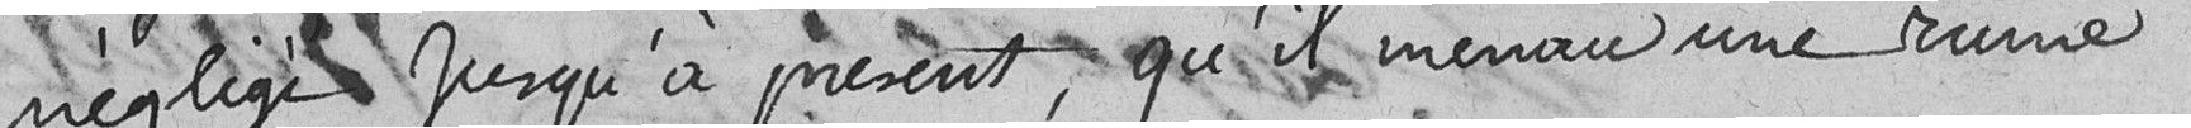
négligé jusqu'à présent, qu'il menace une ruine